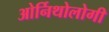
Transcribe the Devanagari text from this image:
ओर्निथोलोगी